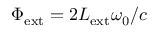
\Phi _ { \mathrm { e x t } } = 2 L _ { \mathrm { e x t } } \omega _ { 0 } / c